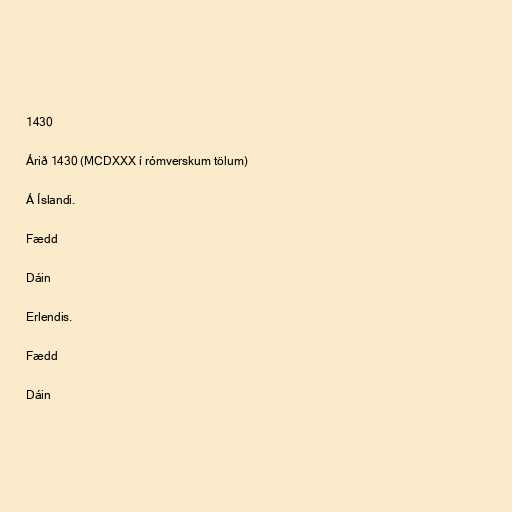
1430

Árið 1430 (MCDXXX í rómverskum tölum)

Á Íslandi.

Fædd

Dáin

Erlendis.

Fædd

Dáin